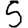
Digit: 5